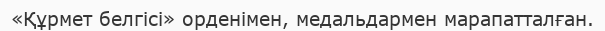
«Құрмет белгісі» орденімен, медальдармен марапатталған.